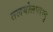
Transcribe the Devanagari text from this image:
तलयोलपरम्पु